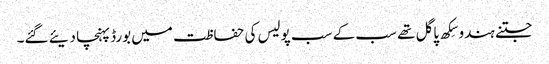
جتنے ہندو سِکھ پاگل تھے سب کے سب پولیس کی حفاظت میں بورڈ پہنچا دیئے گئے۔